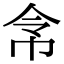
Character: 𢂂